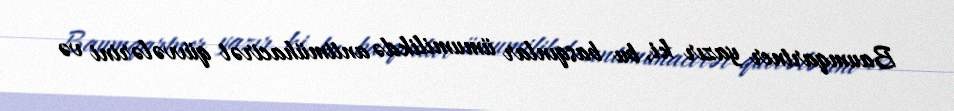
Baumqartner yazır ki, bu basqınlar ümumilikdə antimühacirət qüvvələrini və